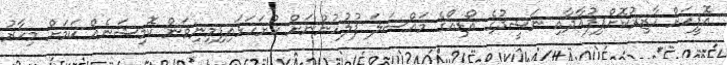
އޮފީހަށް ހާޒިރުކޮށްފިފުއާދާއި ނަޝީދުގެ އޯޑިއޯގެ މައްސަލަ ފުލުހުންނަށް ހުށަހަޅައިފިމިނިވަން ކޮމިޝަނެއް ކަމަށް މިހާރު